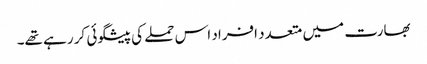
بھارت میں متعدد افراد اس حملے کی پیشگوئی کر رہے تھے۔